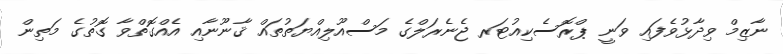
ނާޒިމް ވިދާޅުވެފައި ވަނީ ޕްރޮސެކިއުޓަރ ޖެނެރަލްގެ މަސްއޫލިއްޔަަތުތައް ޤާނޫނާއި އެއްގޮތްވާ ގޮތުގެ މަތިން